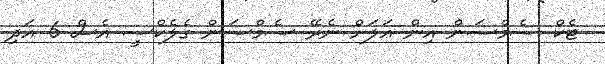
ޓެކް ސެމްސަން އިން އަލަށް ނެރޭ ސެމްސަން ގެލެކްސީ އެސް 6 އަދި